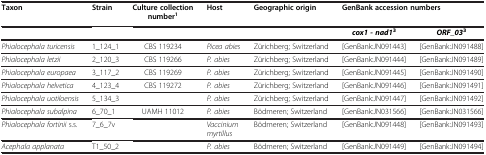
| Taxon | Strain | Culture collection number1 | Host | Geographic origin | <COLSPAN=2> GenBank accession numbers |
 | --- | --- | --- | --- | --- | --- | --- |
 |  |  |  |  |  | cox1 - nad13 | ORF_033 |
 | Phialocephala turicensis | 1_124_1 | CBS 119234 | Picea abies | Zürichberg; Switzerland | [GenBank:JN091443] | [GenBank:JN091488] |
 | Phialocephala letzii | 2_120_3 | CBS 119266 | P. abies | Zürichberg; Switzerland | [GenBank:JN091444] | [GenBank:JN091489] |
 | Phialocephala europaea | 3_117_2 | CBS 119269 | P. abies | Zürichberg; Switzerland | [GenBank:JN091445] | [GenBank:JN091490] |
 | Phialocephala helvetica | 4_123_4 | CBS 119272 | P. abies | Zürichberg; Switzerland | [GenBank:JN091446] | [GenBank:JN091491] |
 | Phialocephala uotiloensis | 5_134_3 |  | P. abies | Zürichberg; Switzerland | [GenBank:JN091447] | [GenBank:JN091492] |
 | Phialocephala subalpina | 6_70_1 | UAMH 11012 | P. abies | Bödmeren; Switzerland | [GenBank:JN031566] | [GenBank:JN031566] |
 | Phialocephala fortinii s.s. | 7_6_7v |  | Vaccinium myrtillus | Bödmeren; Switzerland | [GenBank:JN091448] | [GenBank:JN091493] |
 | Acephala applanata | T1_50_2 |  | P. abies | Bödmeren; Switzerland | [GenBank:JN091449] | [GenBank:JN091494] |